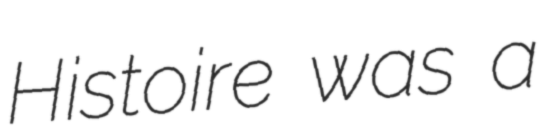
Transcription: Histoire was a